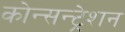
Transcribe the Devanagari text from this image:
कोन्सन्ट्रेशन